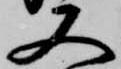
又